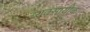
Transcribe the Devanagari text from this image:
व्यवसायीक